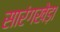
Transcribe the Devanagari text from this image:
सारंगखेड़ा